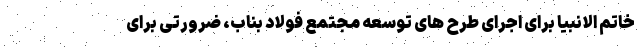
خاتم الانبیا برای اجرای طرح های توسعه مجتمع فولاد بناب، ضرورتی برای